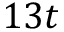
1 3 t